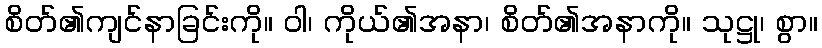
စိတ်၏ကျင်နာခြင်းကို။ ဝါ၊ ကိုယ်၏အနာ၊ စိတ်၏အနာကို။ သုဋ္ဌု၊ စွာ။